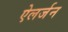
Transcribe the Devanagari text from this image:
ऐलर्जन